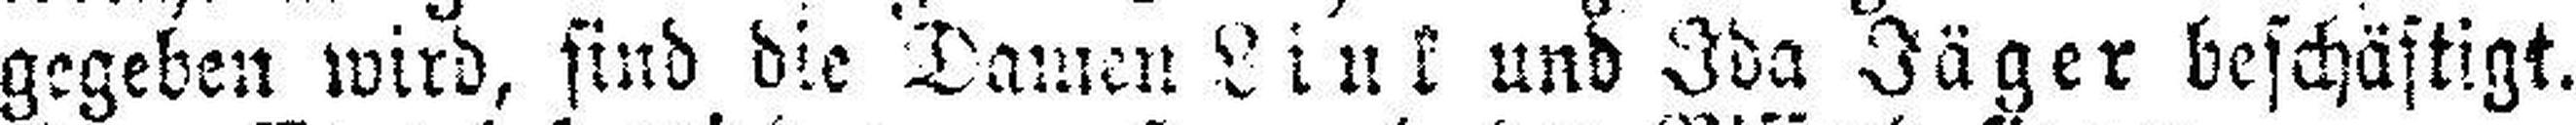
gegeben wird, sind die Damen Link und Ida Jäger beschäftigt.